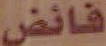
فائض